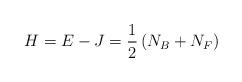
LaTeX: \begin{align*}H = E - J = \frac{1}{2} \left( N_B + N_F \right)\end{align*}